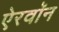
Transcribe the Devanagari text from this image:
ऐरवॉन